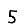
Digit: 5